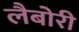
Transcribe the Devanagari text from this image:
लैबोरी